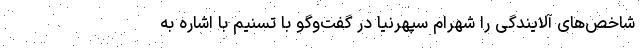
شاخص‌‌های آلایندگی را شهرام سپهرنیا در گفت‌وگو با تسنیم با اشاره به